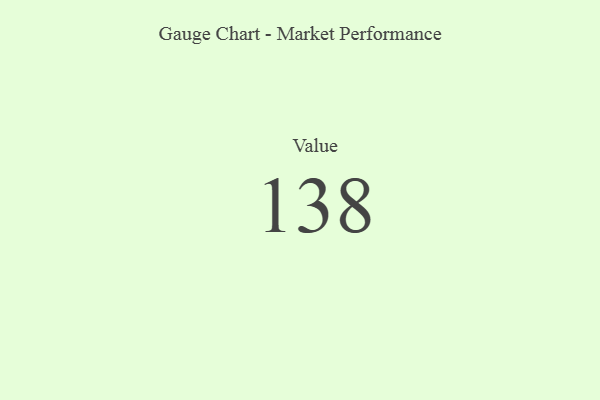
{"axis": {"x": "Metric", "y": "Value"}, "legend": [""], "data": [{"x": "Value", "y": 138, "type": ""}]}